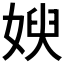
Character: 𱙚